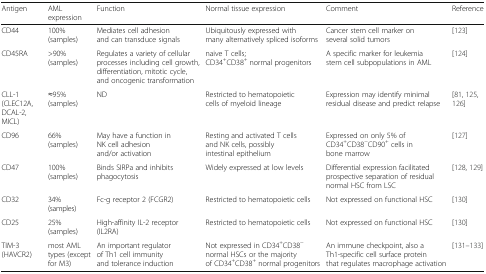
| Antigen | AML expression | Function | Normal tissue expression | Comment | Reference |
 | --- | --- | --- | --- | --- | --- |
 | CD44 | 100%(samples) | Mediates cell adhesion and can transduce signals | Ubiquitously expressed with many alternatively spliced isoforms | Cancer stem cell marker on several solid tumors | [123] |
 | CD45RA | >90%(samples) | Regulates a variety of cellularprocesses including cell growth, differentiation, mitotic cycle, and oncogenic transformation | naive T cells;CD34+CD38+ normal progenitors | A specific marker for leukemia stem cell subpopulations in AML | [124] |
 | CLL-1 (CLEC12A, DCAL-2, MICL) | ≈95%(samples) | ND | Restricted to hematopoietic cells of myeloid lineage | Expression may identify minimal residual disease and predict relapse | [81, 125, 126] |
 | CD96 | 66%(samples) | May have a function in NK cell adhesion and/or activation | Resting and activated T cells and NK cells, possibly intestinal epithelium | Expressed on only 5% of CD34+CD38−CD90+ cells in bone marrow | [127] |
 | CD47 | 100%(samples) | Binds SIRPa and inhibits phagocytosis | Widely expressed at low levels | Differential expression facilitated prospective separation of residual normal HSC from LSC | [128, 129] |
 | CD32 | 34% (samples) | Fc-g receptor 2 (FCGR2) | Restricted to hematopoietic cells | Not expressed on functional HSC | [130] |
 | CD25 | 25%(samples) | High-affinity IL-2 receptor (IL2RA) | Restricted to hematopoietic cells | Not expressed on functional HSC | [130] |
 | TIM-3(HAVCR2) | most AML types (except for M3) | An important regulator of Th1 cell immunity and tolerance induction | Not expressed in CD34+CD38− normal HSCs or the majority of CD34+CD38+ normal progenitors | An immune checkpoint, also a Th1-specific cell surface protein that regulates macrophage activation | [131–133] |